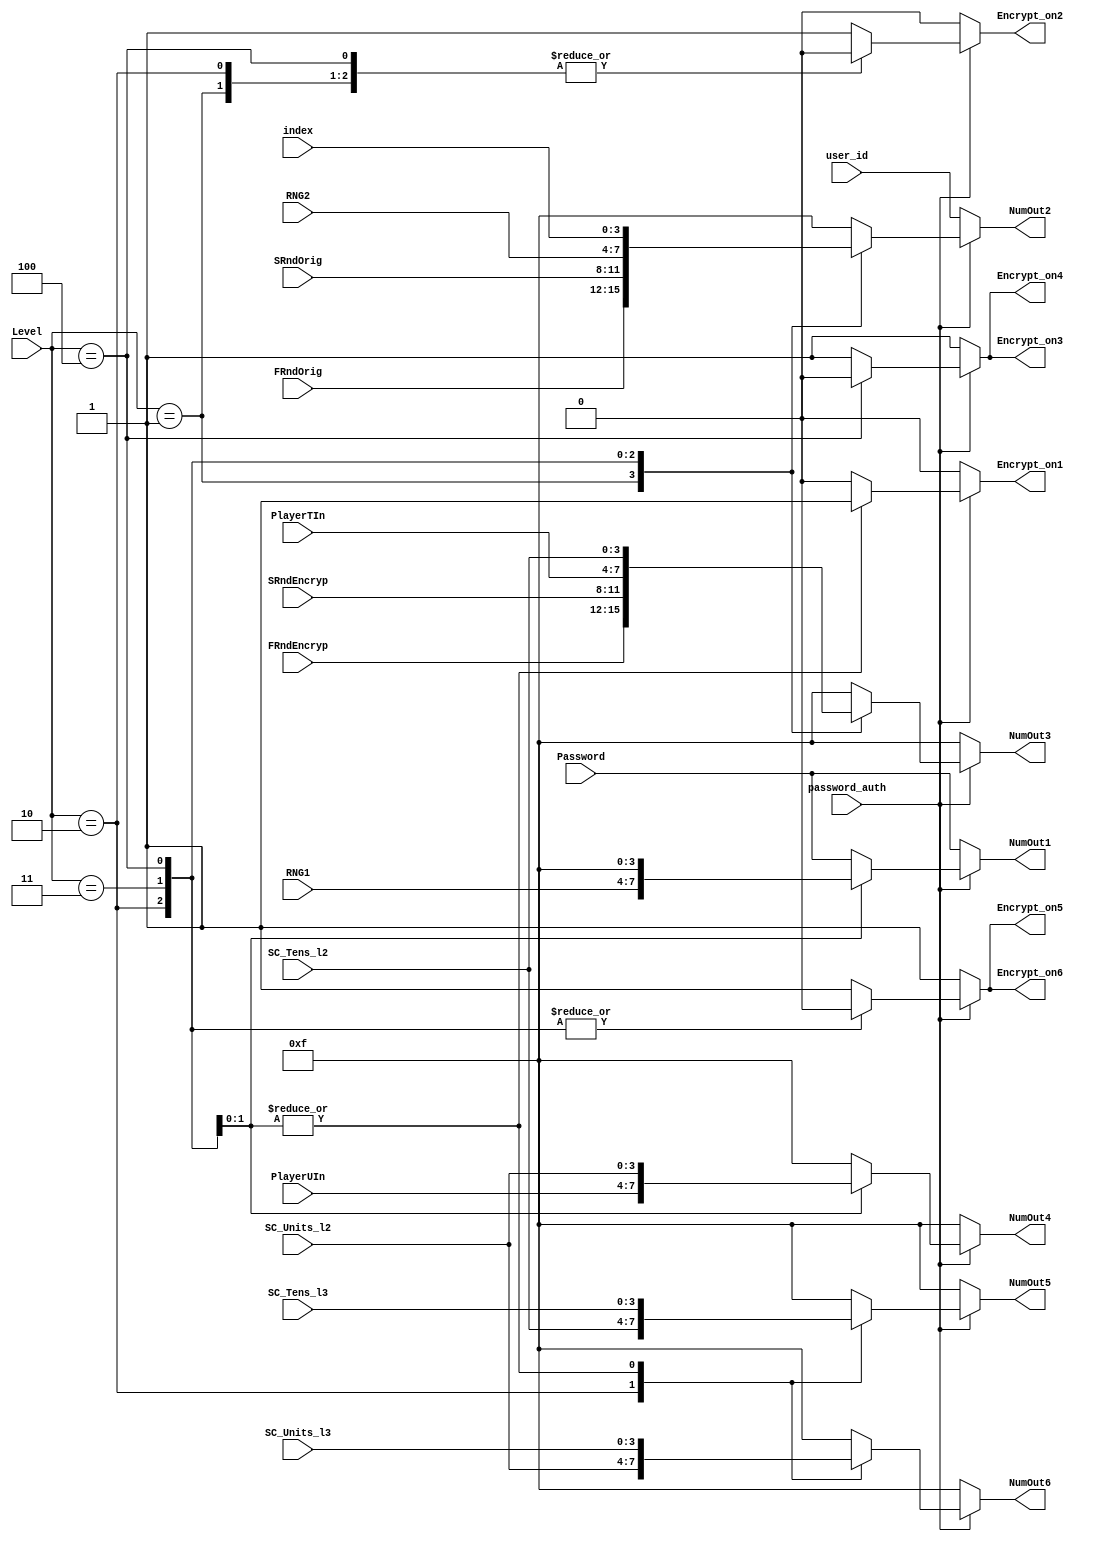
module SSD_Router(Level,password_auth, user_id, Password,index, RNG1, RNG2, PlayerTIn, PlayerUIn, FRndOrig, 
FRndEncryp, SRndEncryp, 
SRndOrig,SC_Tens_l2,SC_Units_l2,SC_Tens_l3,SC_Units_l3, NumOut1, NumOut2, NumOut3, NumOut4, NumOut5, NumOut6, 
Encrypt_on1, Encrypt_on2, Encrypt_on3, Encrypt_on4,Encrypt_on5, Encrypt_on6);
	
	input [2:0] Level;
	input password_auth;
	input [3:0] user_id, Password, RNG1, RNG2, PlayerTIn, PlayerUIn, FRndOrig, FRndEncryp, SRndEncryp, SRndOrig, SC_Tens_l2,SC_Units_l2,SC_Tens_l3,SC_Units_l3,index;
	output [3:0]  NumOut1, NumOut2, NumOut3, NumOut4,NumOut5, NumOut6 ;
	output  Encrypt_on1, Encrypt_on2, Encrypt_on3, Encrypt_on4,Encrypt_on5, Encrypt_on6 ;
	reg [3:0] NumOut1, NumOut2, NumOut3, NumOut4,NumOut5, NumOut6 ;
	reg Encrypt_on1, Encrypt_on2, Encrypt_on3, Encrypt_on4,Encrypt_on5, Encrypt_on6;

	always@(Level, password_auth,user_id, Password,index, RNG1, RNG2, PlayerTIn, PlayerUIn, FRndOrig, FRndEncryp, SRndEncryp, 
	SRndOrig, SC_Tens_l2,SC_Units_l2,SC_Tens_l3,SC_Units_l3)
		begin
		if(password_auth==0)
		begin
		NumOut1=Password; Encrypt_on1 = 0;
		NumOut2=user_id; Encrypt_on2 = 0;
		NumOut3=4'b1111; Encrypt_on3 = 1;
		NumOut4=4'b1111; Encrypt_on4 = 1;
		NumOut5=4'b1111; Encrypt_on5 = 1;
		NumOut6=4'b1111; Encrypt_on6 = 1;
		end
		else
		begin
			case(Level)
				1: begin
					NumOut1=Password; Encrypt_on1 = 0;
					NumOut2=FRndOrig; Encrypt_on2 = 0;
					NumOut3=FRndEncryp; Encrypt_on3 = 1;
					NumOut4=4'b1111; Encrypt_on4 = 1;
					NumOut5=4'b1111; Encrypt_on5 = 1;
					NumOut6=4'b1111; Encrypt_on6 = 1;
				   end
				2: begin
					NumOut1=Password; Encrypt_on1 = 0;
					NumOut2=SRndOrig; Encrypt_on2 = 0;
					NumOut3=SRndEncryp; Encrypt_on3 = 1;
					NumOut4=4'b1111; Encrypt_on4 = 1;	
                 	NumOut5=SC_Tens_l2; Encrypt_on5 = 0;
					NumOut6=SC_Units_l2; Encrypt_on6 = 0;				
				   end
				3: begin
					NumOut1=RNG1; Encrypt_on1 = 1;
					NumOut2=RNG2; Encrypt_on2 = 1;
					NumOut3=PlayerTIn; Encrypt_on3 = 1;
					NumOut4=PlayerUIn; Encrypt_on4 = 1;		
					NumOut5=SC_Tens_l3; Encrypt_on5 = 0;
					NumOut6=SC_Units_l3; Encrypt_on6 = 0;
					end
				4:begin
					NumOut1=4'b1111; Encrypt_on1 = 1;
					NumOut2=index; Encrypt_on2 = 0;
					NumOut3=SC_Tens_l2; Encrypt_on3 = 0;
					NumOut4=SC_Units_l2; Encrypt_on4 = 0;		
					NumOut5=SC_Tens_l3; Encrypt_on5 = 0;
					NumOut6=SC_Units_l3; Encrypt_on6 = 0;				
				
				   end
				default: begin
					NumOut1=Password; Encrypt_on1 = 0;
					NumOut2=4'b1111; Encrypt_on2 = 1;
					NumOut3=4'b1111; Encrypt_on3 = 1;
					NumOut4=4'b1111; Encrypt_on4 = 1;	
					NumOut5=4'b1111; Encrypt_on5 = 1;
					NumOut6=4'b1111; Encrypt_on6 = 1;					
				   	 end
			endcase
		end
	end

endmodule